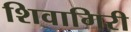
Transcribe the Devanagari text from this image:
शिवागिरी